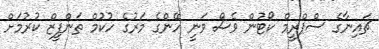
ޗައިނާގެ ސްޕްރީމް ކޯޓުން ވެސް ވަނީ ހޭންގެ މަރުގެ ހުކުމް ތަންފީޒް ކުރުމަށް